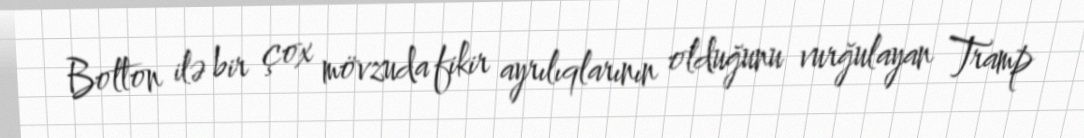
Bolton ilə bir çox mövzuda fikir ayrılıqlarının olduğunu vurğulayan Tramp